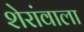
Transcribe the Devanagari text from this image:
शेरांवाला